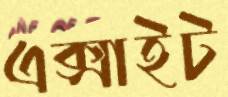
এক্সাইট